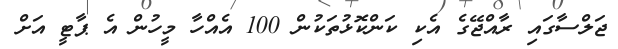
ޖަލްސާގައި ރާއްޖޭގެ އެކި ކަންކޮޅުތަކުން 100 އެއްހާ މީހުން އެ ޕާޓީ އަށް